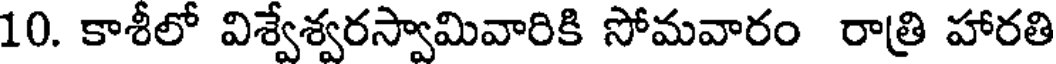
10. కాశీలో విశ్వేశ్వరస్వామివారికి సోమవారం రాత్రి హారతి